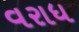
વરાધ